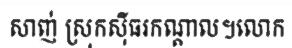
សាញ់ ស្រុកស៊ីធរកណ្តាល។លោក